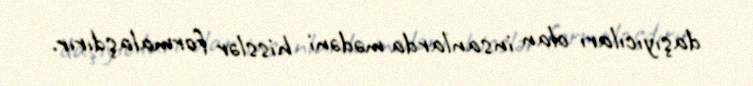
daşıyıcıları olan insanlarda mədəni hisslər formalaşdırır.